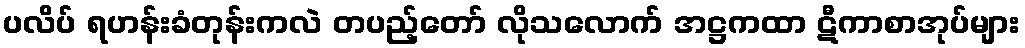
ပလိပ် ရဟန်းခံတုန်းကလဲ တပည့်တော် လိုသလောက် အဋ္ဌကထာ ဋီကာစာအုပ်များ